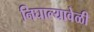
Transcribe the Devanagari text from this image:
निघाल्यावेळी